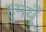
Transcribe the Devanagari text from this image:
हुमयूँ